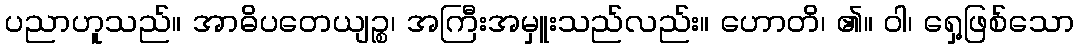
ပညာဟူသည်။ အာဓိပတေယျဉ္စ၊ အကြီးအမှူးသည်လည်း။ ဟောတိ၊ ၏။ ဝါ၊ ရှေ့ဖြစ်သော